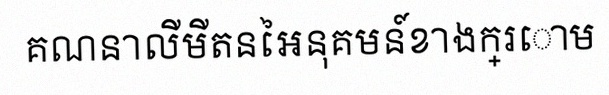
គណនាលីមីតនៃអនុគមន៍ខាងក្រោម